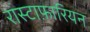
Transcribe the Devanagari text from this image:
रास्टाफ़ारियन